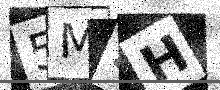
Text: 5MSH